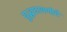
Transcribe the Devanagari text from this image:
युद्धछावणीचे